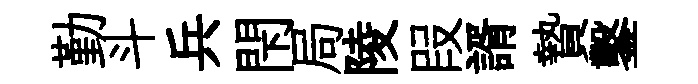
勤斗兵閇局陵叚諝贄鑿